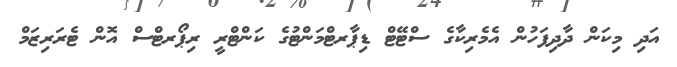
އަދި މިކަން ދާދިފަހުން އެމެރިކާގެ ސްޓޭޓް ޑިޕާރޓްމަންޓުގެ ކަންޓްރީ ރިޕޯރޓްސް އޮން ޓެރަރިޒަމް